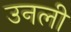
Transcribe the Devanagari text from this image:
उनली